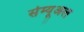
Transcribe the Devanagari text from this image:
सेम्यूअल